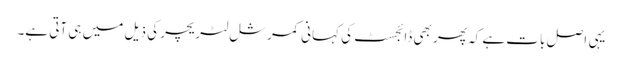
یہی اصل بات ہے کہ پھر بھی ڈائجسٹ کی کہانی کمرشل لٹریچر کی ذیل میں ہی آتی ہے۔